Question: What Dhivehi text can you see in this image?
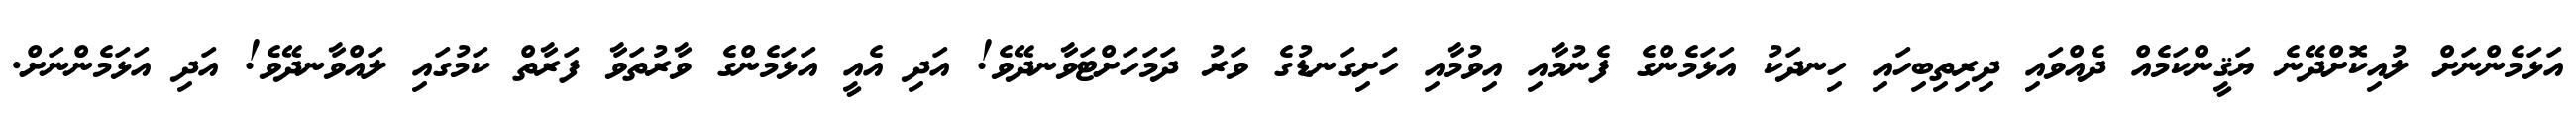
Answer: އަޅަމެންނަށް ލުއިކޮށްދޭނެ ޔަޤީންކަމެއް ދެއްވައި ދިރިތިބިހައި ހިނދަކު އަޅަމެންގެ ފެނުމާއި އިވުމާއި ހަށިގަނޑުގެ ވަރު ދަމަހަށްޓަވާނދޭވެ! އަދި އެއީ އަޅަމެންގެ ވާރުތަވާ ފަރާތް ކަމުގައި ލައްވާނދޭވެ! އަދި އަޅަމެންނަށް.